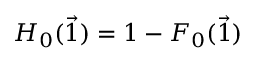
H _ { 0 } ( \vec { 1 } ) = 1 - F _ { 0 } ( \vec { 1 } )